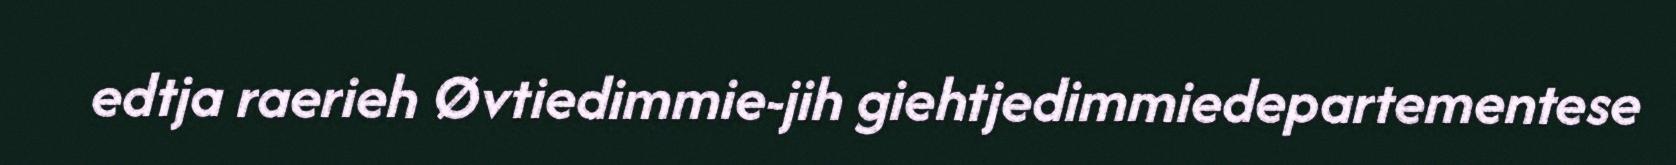
edtja raerieh Øvtiedimmie-jih giehtjedimmiedepartementese